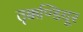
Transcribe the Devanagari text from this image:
तृक्कण्डियूर